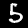
Label: 5